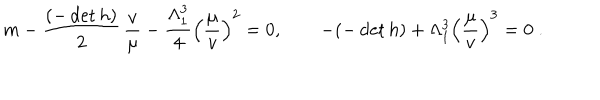
m - \frac { ( - \det h ) } { 2 } \, \frac { v } { \mu } - \frac { \Lambda _ { 1 } ^ { 3 } } { 4 } \left( \frac { \mu } { v } \right) ^ { 2 } = 0 , \qquad - ( - \det h ) + \Lambda _ { 1 } ^ { 3 } \left( \frac { \mu } { v } \right) ^ { 3 } = 0 \; .